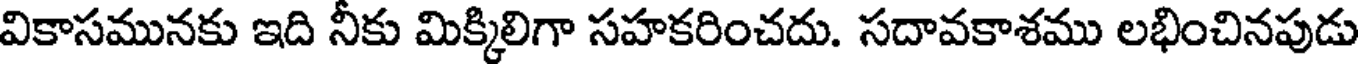
వికాసమునకు ఇది నీకు మిక్కిలిగా సహకరించదు. సదావకాశము లభించినపుడు